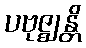
ပဗုဇ္ဈန္တိ